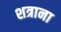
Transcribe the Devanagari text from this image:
शत्राना